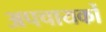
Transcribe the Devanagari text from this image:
अपचायकों